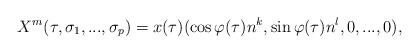
LaTeX: \begin{align*}X^{m}(\tau ,\sigma _{1},...,\sigma _{p})=x(\tau )(\cos \varphi (\tau )n^{k},\sin \varphi (\tau )n^{l},0,...,0),\end{align*}